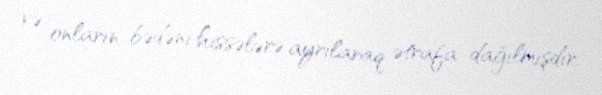
və onların bədəni hissələrə ayrılaraq ətrafa dağılmışdır.